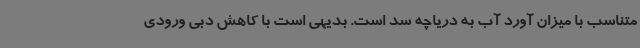
متناسب با میزان آورد آب به دریاچه سد است. بدیهی است با کاهش دبی ورودی